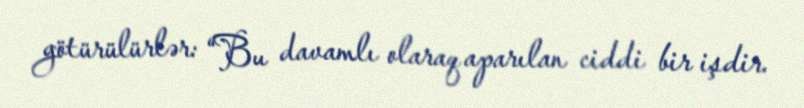
götürülürlər: “Bu davamlı olaraq aparılan ciddi bir işdir.